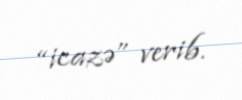
“icazə” verib.